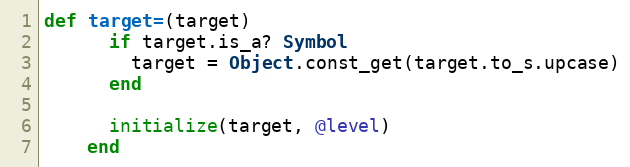
Language: Ruby
def target=(target)
      if target.is_a? Symbol
        target = Object.const_get(target.to_s.upcase)
      end

      initialize(target, @level)
    end